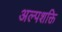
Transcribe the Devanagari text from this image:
अल्पशक्ति